Civil Veterinary Department Bengal reports 1923-33 - 1923-1933
Year: 1923
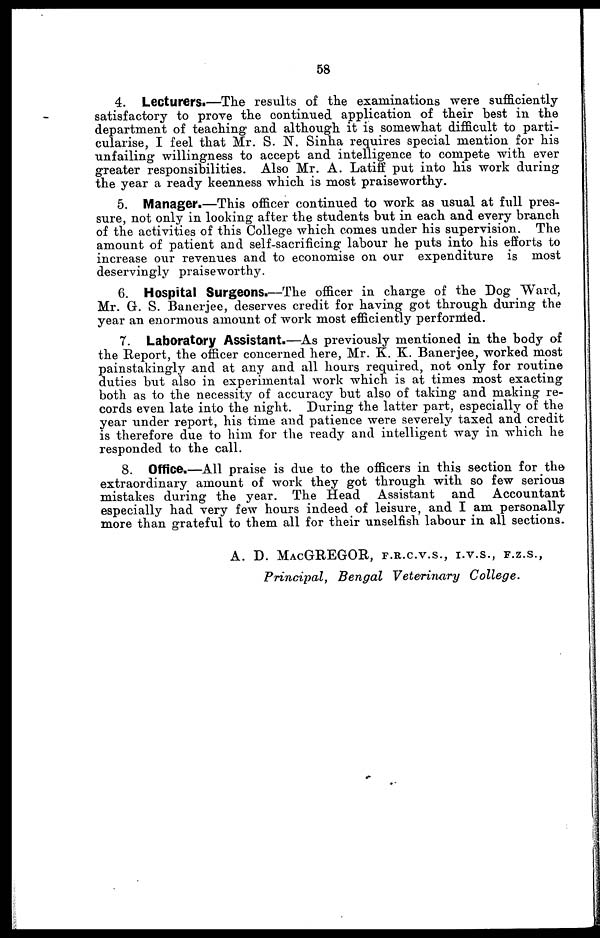
58
4. Lecturers.—The results of the examinations were sufficiently
satisfactory to prove the continued application of their best in the
department of teaching and although it is somewhat difficult to parti-
cularise, I feel that Mr. S. N. Sinha requires special mention for his
unfailing willingness to accept and intelligence to compete with ever
greater responsibilities. Also Mr. A. Latiff put into his work during
the year a ready keenness which is most praiseworthy.
5. Manager.—This officer continued to work as usual at full pres-
sure, not only in looking after the students but in each and every branch
of the activities of this College which comes under his supervision. The
amount of patient and self-sacrificing labour he puts into his efforts to
increase our revenues and to economise on our expenditure is most
deservingly praiseworthy.
6. Hospital Surgeons.—The officer in charge of the Dog Ward,
Mr. G. S. Banerjee, deserves credit for having got through during the
year an enormous amount of work most efficiently performed.
7. Laboratory Assistant.—As previously mentioned in the body of
the Report, the officer concerned here, Mr. K. K. Banerjee, worked most
painstakingly and at any and all hours required, not only for routine
duties but also in experimental work which is at times most exacting
both as to the necessity of accuracy but also of taking and making re-
cords even late into the night. During the latter part, especially of the
year under report, his time and patience were severely taxed and credit
is therefore due to him for the ready and intelligent way in which he
responded to the call.
8. Office.—All praise is due to the officers in this section for the
extraordinary amount of work they got through with so few serious
mistakes during the year. The Head Assistant and
Accountant
especially had very few hours indeed of leisure, and I am personally
more than grateful to them all for their unselfish labour in all sections.
A. D. MAC GREGOR, F.R.C.V.S., I.V.S., F.Z.S.,
Principal,
Bengal Veterinary
College.